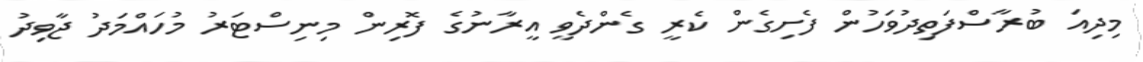
މިދިއަ ބުރާސްފަތިދުވަހުން ފެށިގެން ކެރީ ގެންދެވީ އީރާނުގެ ފޮރިން މިނިސްޓަރު މުހައްމަދު ޖާވިދު